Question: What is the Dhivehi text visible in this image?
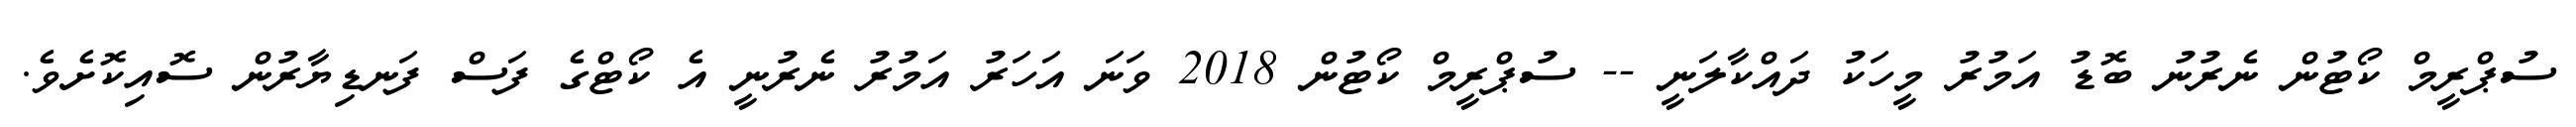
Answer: ސުޕްރީމް ކޯޓުން ނެރުނު ބޮޑު އަމުރު މީހަކު ދައްކާލަނީ -- ސުޕްރީމް ކޯޓުން 2018 ވަނަ އަހަރު އަމުރު ނެރުނީ އެ ކޯޓްގެ ފަސް ފަނޑިޔާރުން ސޮއިކޮށެވެ.